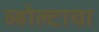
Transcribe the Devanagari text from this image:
व्होल्टाचा